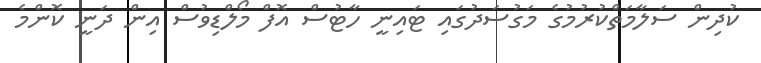
ކުދިން ސަލާމަތްކުރުމުގެ މަގުސަދުގައި ޓައިނީ ހާޓުސް އޮފް މޯލްޑިވުސް އިން ދަނީ ކޮންމެ